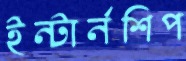
ইন্টার্নশিপ